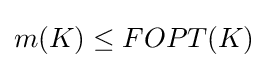
m(K)\leq FOPT(K)